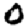
Digit: 0